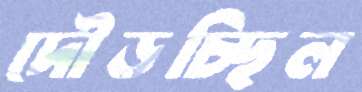
দৌড়চ্ছিল